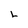
Character: L